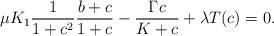
LaTeX: \begin{align*}\mu K_1\frac{1}{1+c^2}\frac{b+c}{1+c}-\frac{\Gamma c}{K+c}+\lambda T(c)=0.\end{align*}